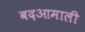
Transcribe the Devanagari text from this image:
बदआमाली